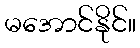
မအောင်နိုင်။